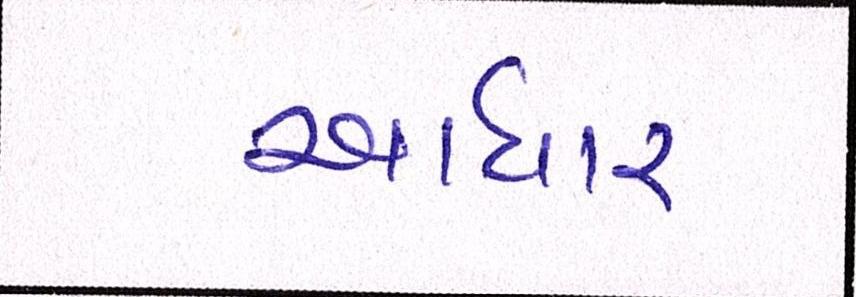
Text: આધાર